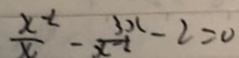
\frac { x ^ { - 2 } } { x } - \frac { 3 x } { x _ { - 2 } } - 2 = 0